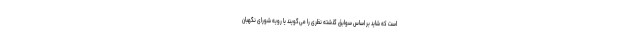
است که شاید بر اساس سوابق گذشته نظری را می‌گویند یا رویه شورای نگهبان